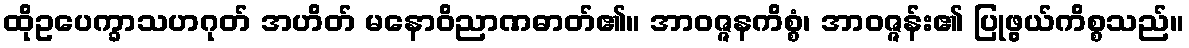
ထိုဥပေက္ခာသဟဂုတ် အဟိတ် မနောဝိညာဏဓာတ်၏။ အာဝဇ္ဇနကိစ္စံ၊ အာဝဇ္ဇန်း၏ ပြုဖွယ်ကိစ္စသည်။